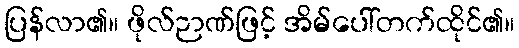
ပြန်လာ၏။ ဖိုလ်ဉာဏ်ဖြင့် အိမ်ပေါ်တက်ထိုင်၏။